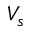
V _ { s }